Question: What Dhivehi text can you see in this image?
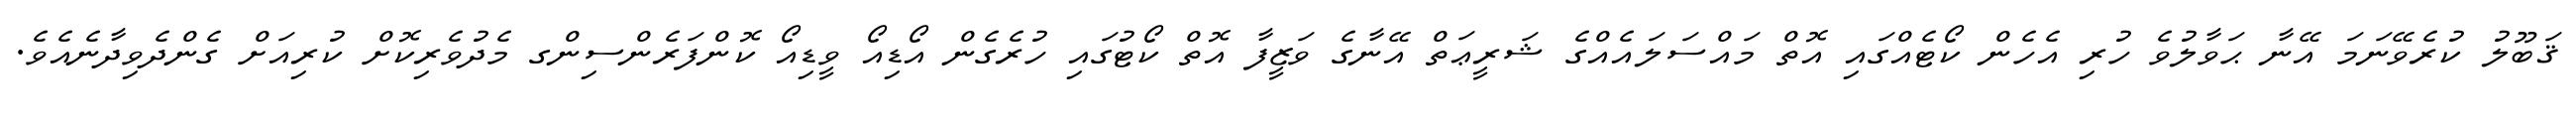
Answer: ޤަބޫލު ކުރެވޭނަމަ އޭނާ ޙަވާލުވެ ހުރި އެހެން ކޯޓެއްގައި އޮތް މައްސަލައެއްގެ ޝަރީޢަތް އޭނާގެ ވަޒީފާ އޮތް ކޯޓުގައި ހުރެގެން އޯޑިއޯ ވީޑިއޯ ކޮންފަރެންސިންގ މެދުވެރިކޮށް ކުރިއަށް ގެންދެވިދާނެއެވެ.